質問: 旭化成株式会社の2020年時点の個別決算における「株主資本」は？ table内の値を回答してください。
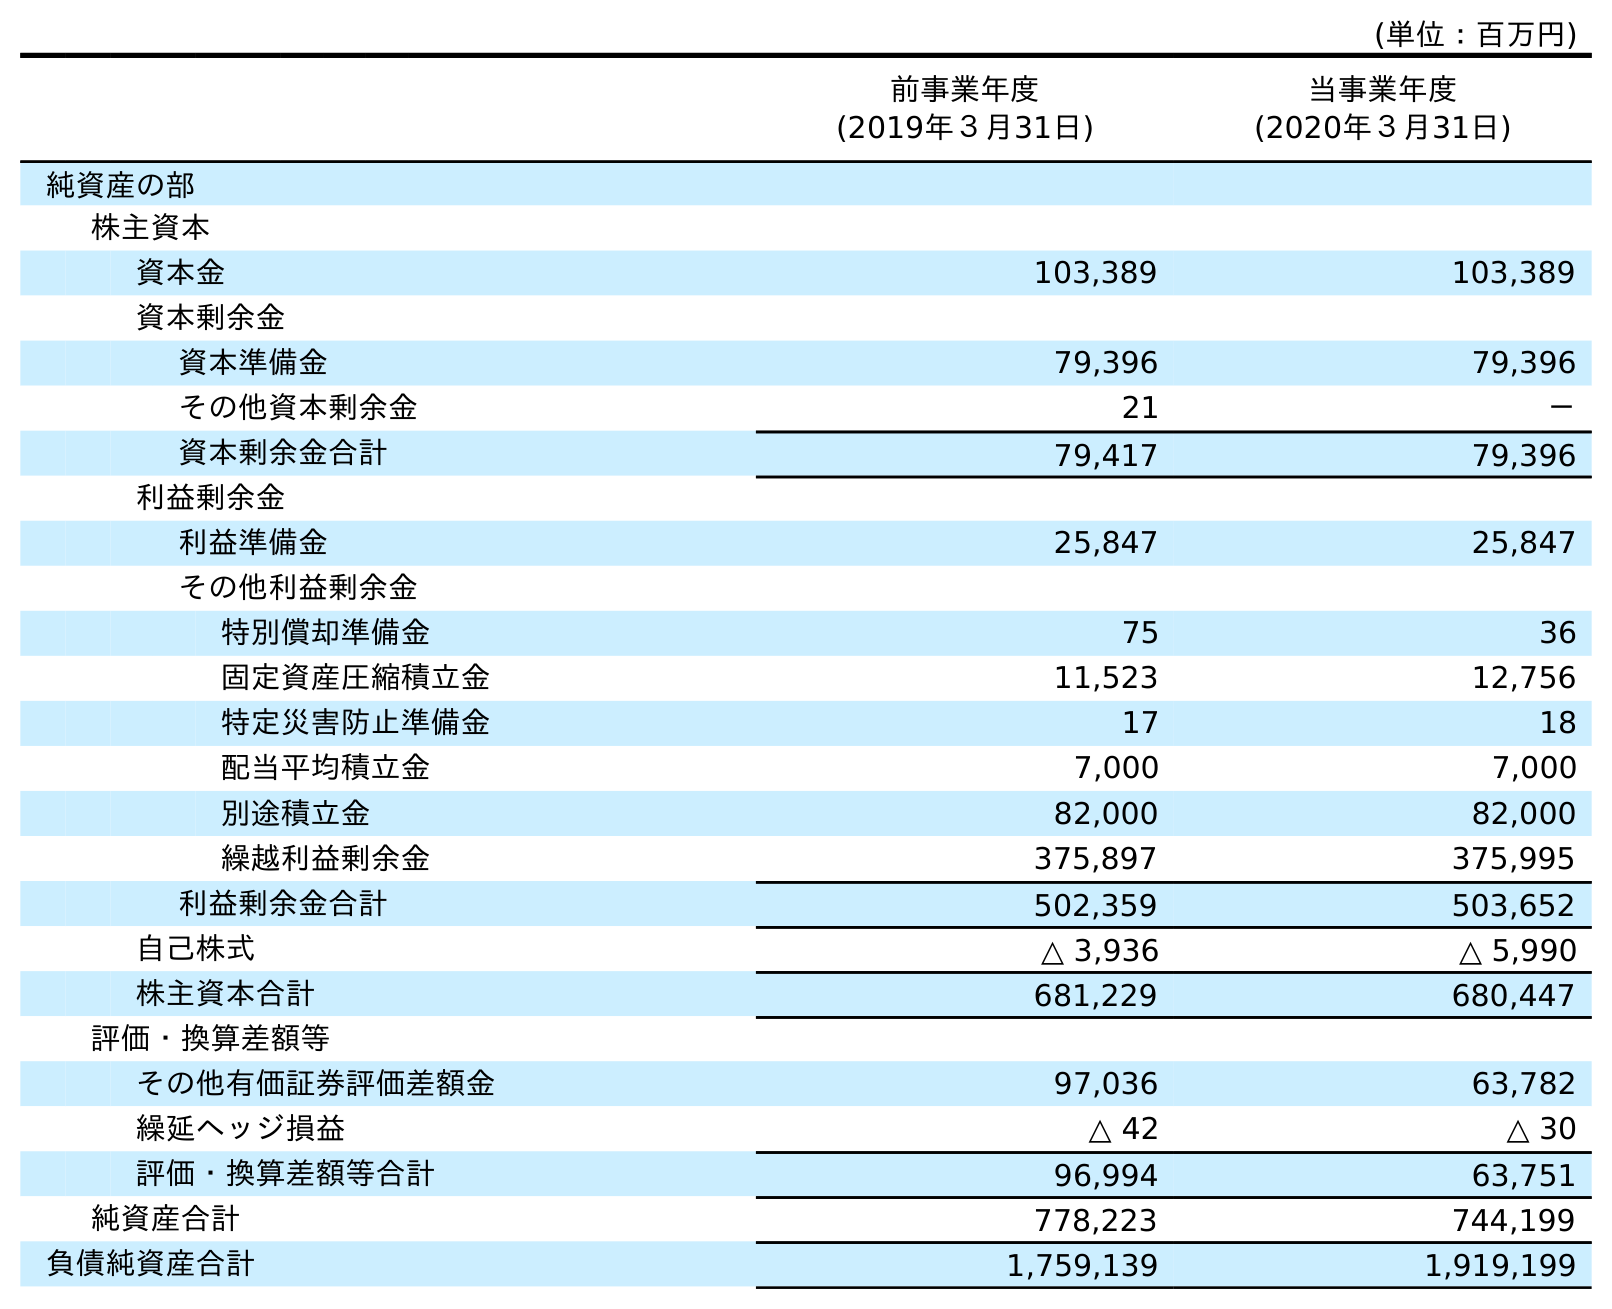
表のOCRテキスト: (単位：百万円) 前事業年度 (2019年３月31日) 当事業年度 (2020年３月31日) 純資産の部 株主資本 資本金 103,389 103,389 資本剰余金 資本準備金 79,396 79,396 その他資本剰余金 21 － 資本剰余金合計 79,417 79,396 利益剰余金 利益準備金 25,847 25,847 その他利益剰余金 特別償却準備金 75 36 固定資産圧縮積立金 11,523 12,756 特定災害防止準備金 17 18 配当平均積立金 7,000 7,000 別途積立金 82,000 82,000 繰越利益剰余金 375,897 375,995 利益剰余金合計 502,359 503,652 自己株式 △ 3,936 △ 5,990 株主資本合計 681,229 680,447 評価・換算差額等 その他有価証券評価差額金 97,036 63,782 繰延ヘッジ損益 △ 42 △ 30 評価・換算差額等合計 96,994 63,751 純資産合計 778,223 744,199 負債純資産合計 1,759,139 1,919,199
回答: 680,447